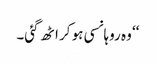
‘‘ وہ روہانسی ہو کر اٹھ گئی۔